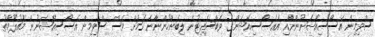
ސްވިމިން އެސޯސިއޭޝަނުންނާއި އެއެސޯސިއޭޝަންގެ ވެބްސައިޓުން ލިބެންހުންނާނެ ކަމަށް ވެސް ސްވިމިން އެސޯސިއޭޝަނުން މައުލޫމާތު